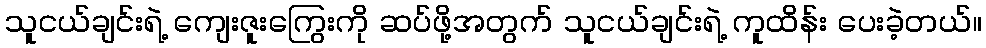
သူငယ်ချင်းရဲ့ ကျေးဇူးကြွေးကို ဆပ်ဖို့အတွက် သူငယ်ချင်းရဲ့ ကူထိန်း ပေးခဲ့တယ်။